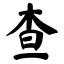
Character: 查